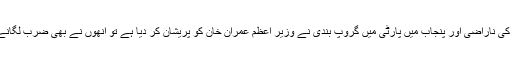
جب انھوں نے دیکھا کہ اتحادی جماعتوں کی ناراضی اور پنجاب میں پارٹی میں گروپ بندی نے وزیر اعظم عمران خان کو پریشان کر دیا ہے تو انھوں نے بھی ضرب لگانے کی کوشش کی لیکن کامیاب نہ ہوسکے۔